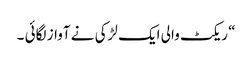
“ ریکٹ والی ایک لڑکی نے آواز لگائی ۔